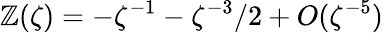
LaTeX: \mathbb{Z}(\zeta)=-\zeta^{-1}-\zeta^{-3}/2+O(\zeta^{-5})